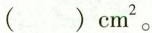
()cm^{2}